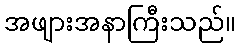
အဖျားအနာကြီးသည်။